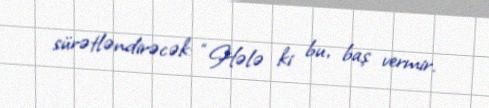
sürətləndirəcək: “Hələ ki bu, baş vermir.